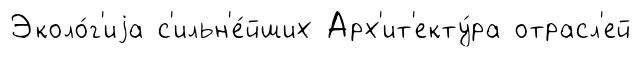
Эколо́г'иjа с'ильн'е́йших Арх'ит'екту́ра отрасл'ей